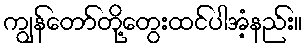
ကျွန်တော်တို့တွေးထင်ပါအံ့နည်း။